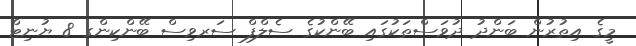
މީގެ އިތުރުން ބަންދު ދުވަސްތަކުގައި ބޭންކުގެ ސެލްފް ސަރވިސް ބޭންކިންގ 8 ޔުނިޓް